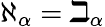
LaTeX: \aleph_{\alpha}=\beth_{\alpha}